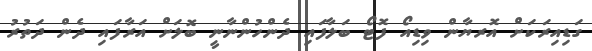
ގަޑިއިރަކަށް އޮރޔާން ވިޑިއޯ ފޮޓޯ ބަލާފައި ދެންހުންނާނީ ބޮލަށް އަރާފައި ދެން ދަތުރު